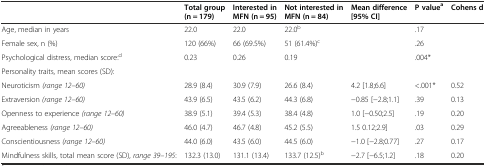
<table><thead><tr><td></td><td><b>Total group (n = 179)</b></td><td><b>Interested in MFN (n = 95)</b></td><td><b>Not interested in MFN (n = 84)</b></td><td><b>Mean difference [95% CI]</b></td><td><b>P value<sup>a</sup></b></td><td><b>Cohens d</b></td></tr></thead><tbody><tr><td>Age, median in years</td><td>22.0</td><td>22.0</td><td>22.0<sup>b</sup></td><td></td><td>.17</td><td></td></tr><tr><td>Female sex, n (%)</td><td>120 (66%)</td><td>66 (69.5%)</td><td>51 (61.4%)<sup>c</sup></td><td></td><td>.26</td><td></td></tr><tr><td>Psychological distress, median score:<sup>d</sup></td><td>0.23</td><td>0.26</td><td>0.19</td><td></td><td>.004*</td><td></td></tr><tr><td>Personality traits, mean scores (SD):</td><td></td><td></td><td></td><td></td><td></td><td></td></tr><tr><td>Neuroticism <i>(range 12–60)</i></td><td>28.9 (8.4)</td><td>30.9 (7.9)</td><td>26.6 (8.4)</td><td>4.2 [1.8;6.6]</td><td>&lt;.001*</td><td>0.52</td></tr><tr><td>Extraversion <i>(range 12–60)</i></td><td>43.9 (6.5)</td><td>43.5 (6.2)</td><td>44.3 (6.8)</td><td>−0.85 [−2.8;1.1]</td><td>.39</td><td>0.13</td></tr><tr><td>Openness to experience <i>(range 12–60)</i></td><td>38.9 (5.1)</td><td>39.4 (5.3)</td><td>38.4 (4.8)</td><td>1.0 [−0.50;2.5]</td><td>.19</td><td>0.20</td></tr><tr><td>Agreeableness <i>(range 12–60)</i></td><td>46.0 (4.7)</td><td>46.7 (4.8)</td><td>45.2 (5.5)</td><td>1.5 0.12;2.9]</td><td>.03</td><td>0.29</td></tr><tr><td>Conscientiousness <i>(range 12–60)</i></td><td>44.0 (6.0)</td><td>43.5 (6.0)</td><td>44.5 (6.0)</td><td>−1.0 [−2.8;0.77]</td><td>.27</td><td>0.17</td></tr><tr><td>Mindfulness skills, total mean score (SD), <i>range 39–195</i>:</td><td>132.3 (13.0)</td><td>131.1 (13.4)</td><td>133.7 (12.5)<sup>b</sup></td><td>−2.7 [−6.5;1.2]</td><td>.18</td><td>0.20</td></tr></tbody></table>